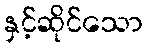
နှင့်ဆိုင်သော